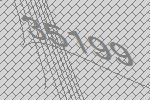
35199